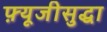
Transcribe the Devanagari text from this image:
फ़्यूजीसुद्धा